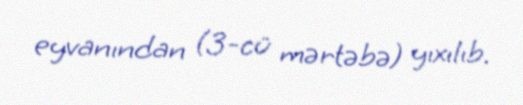
eyvanından (3-cü mərtəbə) yıxılıb.